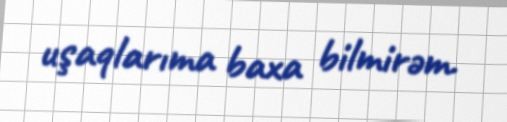
uşaqlarıma baxa bilmirəm.